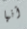
أنها